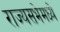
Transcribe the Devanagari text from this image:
राज्यसभेमध्ये